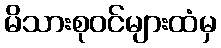
မိသားစုဝင်များထံမှ